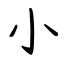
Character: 小